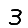
Digit: 3